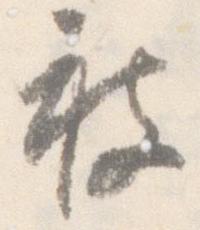
被